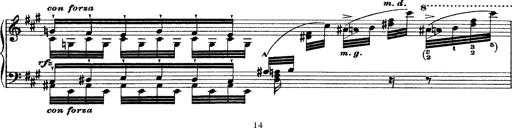
Title: Grande fantasie di bravura sur La clochette
Composer: Franz Liszt
Key: A minor